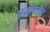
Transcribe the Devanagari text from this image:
एक्सलेव